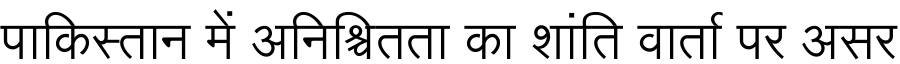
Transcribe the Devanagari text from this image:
पाकिस्तान में अनिश्चितता का शांति वार्ता पर असर